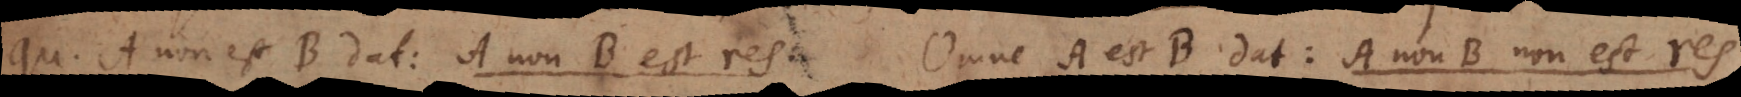
A non est B dat: A non‐B est res. Omne A est B dat: A non‐B non est r